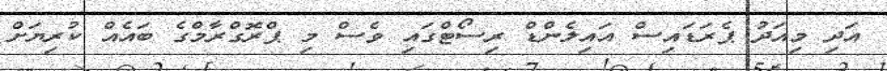
އަދި މިއަދު ޕެރަޑައިސް އައިލެންޑް ރިސޯޓްގައި ވެސް މި ޕްރޮގްރާމްގެ ބައެއް ކުރިޔަށް